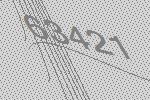
63421